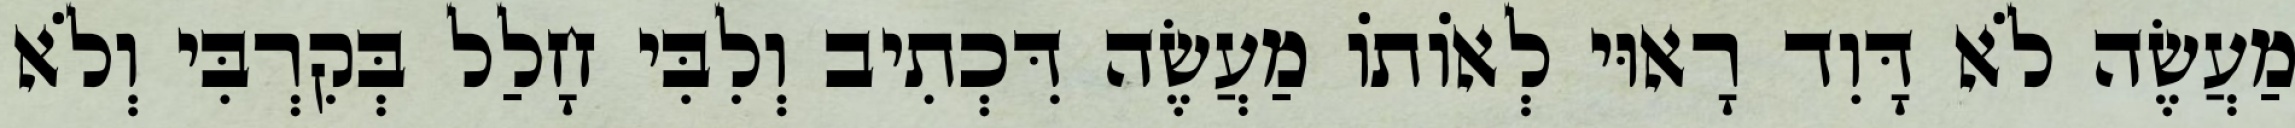
מַעֲשֶׂה לֹא דָּוִד רָאוּי לְאוֹתוֹ מַעֲשֶׂה דִּכְתִיב וְלִבִּי חָלַל בְּקִרְבִּי וְלֹא